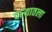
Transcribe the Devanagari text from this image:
वार्‍यातला